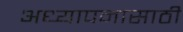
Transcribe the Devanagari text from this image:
अध्यापनासाठी